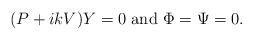
LaTeX: \begin{align*}(P+ikV)Y=0\mbox{ and }\Phi=\Psi=0.\end{align*}